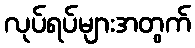
လုပ်ရပ်များအတွက်